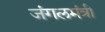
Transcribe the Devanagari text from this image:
जंगलमंत्री